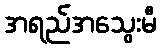
အရည်အသွေးမီ